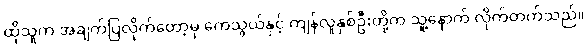
ထိုသူက အချက်ပြလိုက်တော့မှ ကေသွယ်နှင့် ကျန်လူနှစ်ဦးတို့က သူ့နောက် လိုက်တက်သည်။